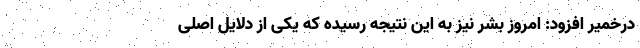
درخمیر افزود: امروز بشر نیز به این نتیجه رسیده که یکی از دلایل اصلی